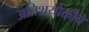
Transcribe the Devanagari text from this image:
अतिशयोक्तीचे